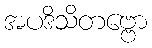
အပဒိသိတဗ္ဗော